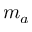
m _ { a }